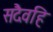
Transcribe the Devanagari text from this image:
सदैवहि